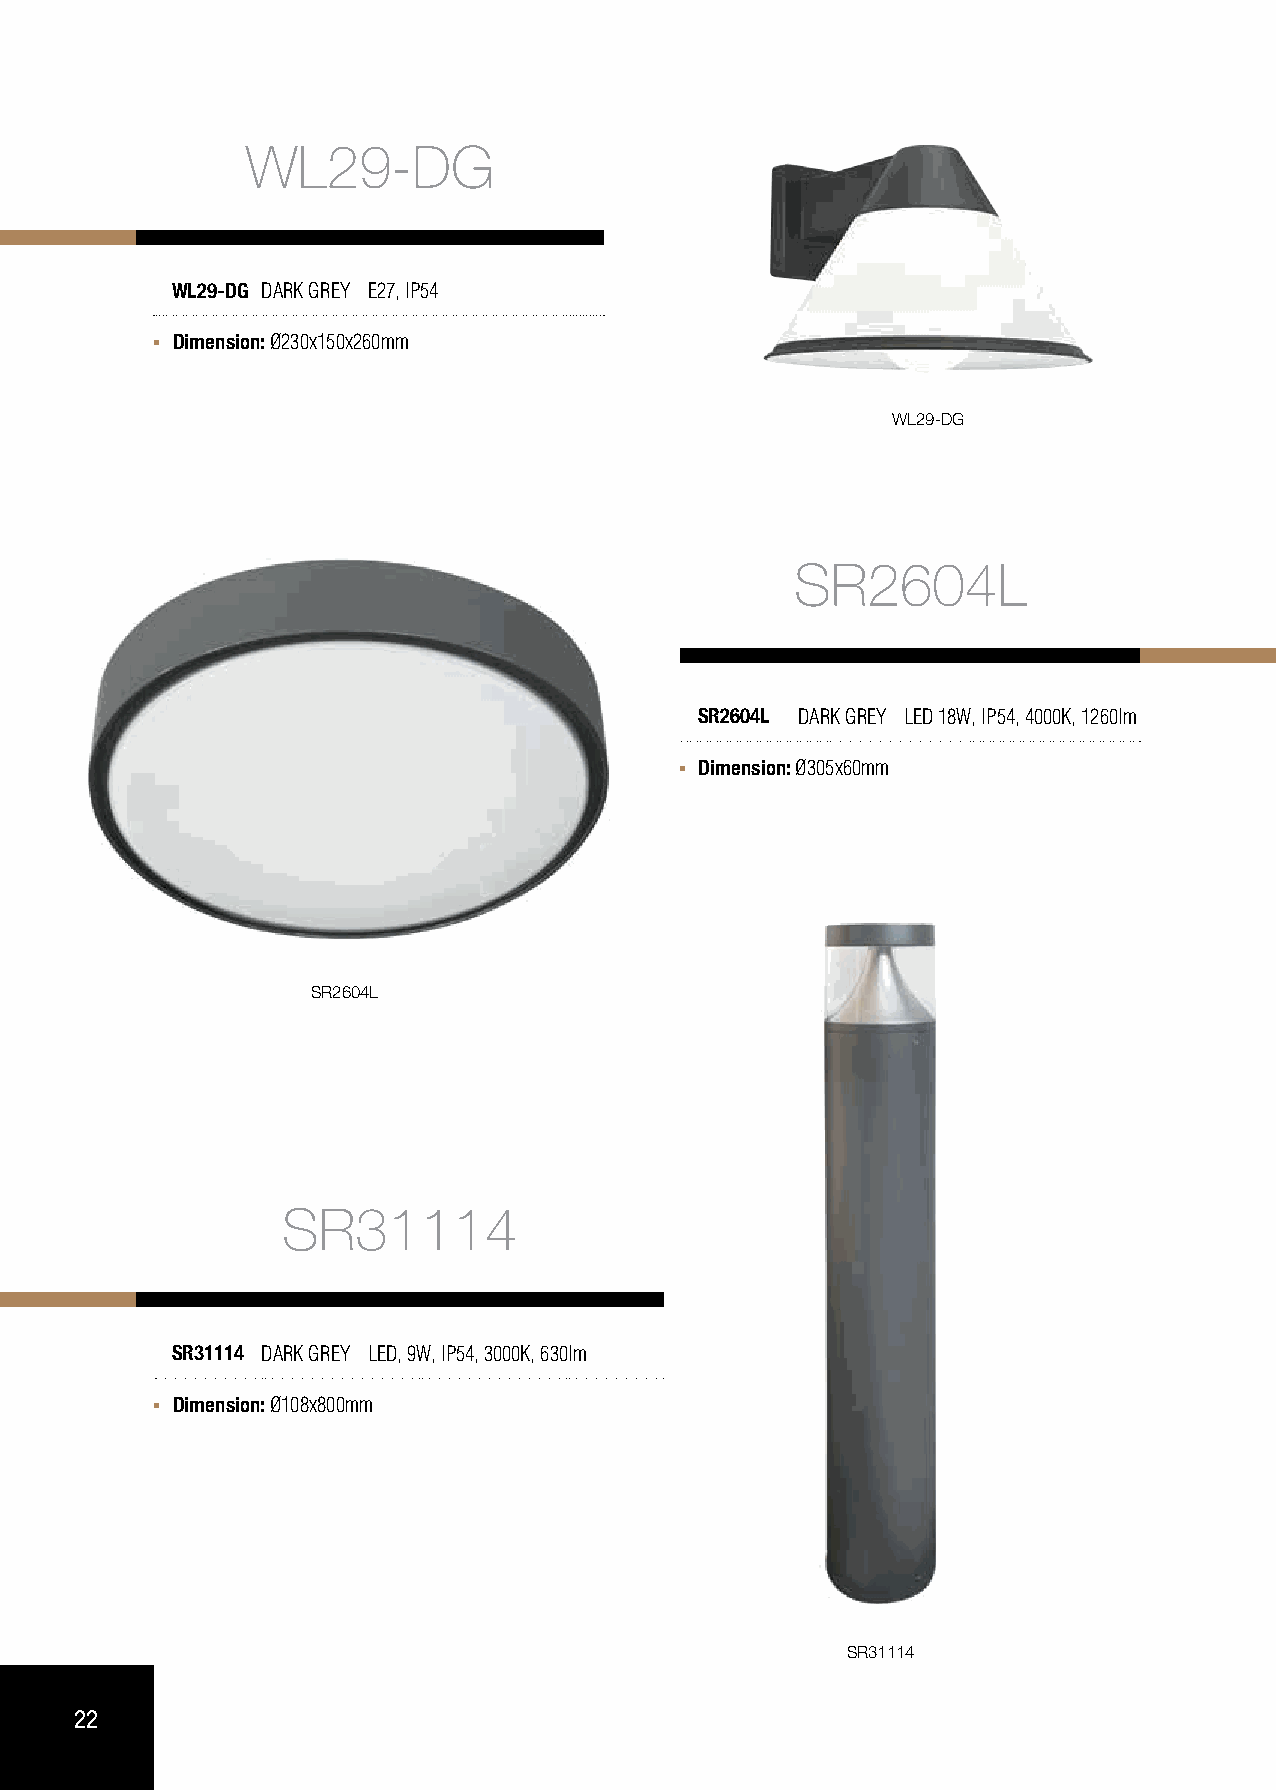
WL29-DG
 WL29-DG DARK GREY E27, IP54
 Dimension: Ø230x150x260mm
 WL29-DG
 SR2604L
 SR2604L DARK GREY LED 18W, IP54, 4000K, 1260lm
 Dimension: Ø305x60mm
 SR2604L
 SR31114
 SR31114 DARK GREY LED, 9W, IP54, 3000K, 630lm
 Dimension: Ø108x800mm
 SR31114
 22